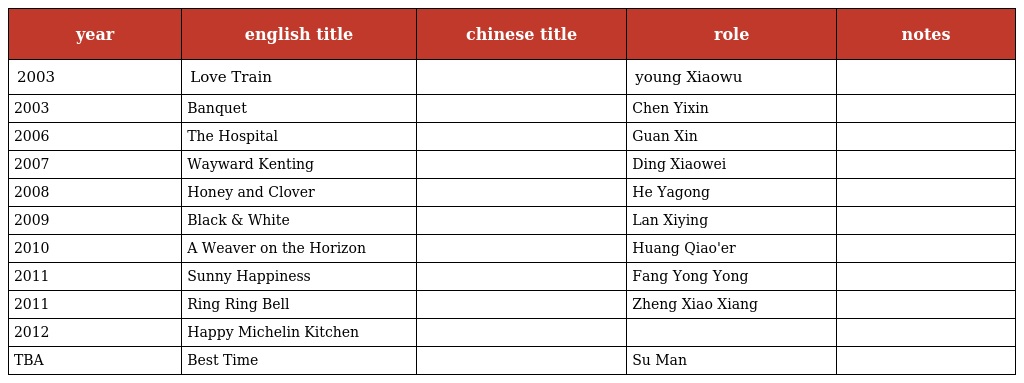
| year | english title | chinese title | role | notes |
 | --- | --- | --- | --- | --- |
 | 2003 | Love Train | 心動列車 | young Xiaowu |  |
 | 2003 | Banquet | 赴宴 | Chen Yixin |  |
 | 2006 | The Hospital | 白色巨塔 | Guan Xin |  |
 | 2007 | Wayward Kenting | 我在墾丁天氣晴 | Ding Xiaowei |  |
 | 2008 | Honey and Clover | 蜂蜜幸運草 | He Yagong |  |
 | 2009 | Black & White | 痞子英雄 | Lan Xiying |  |
 | 2010 | A Weaver on the Horizon | 天涯織女 | Huang Qiao'er |  |
 | 2011 | Sunny Happiness | 幸福最晴天 | Fang Yong Yong |  |
 | 2011 | Ring Ring Bell | 真心請按兩次鈴 | Zheng Xiao Xiang 鄭小襄 |  |
 | 2012 | Happy Michelin Kitchen |  |  |  |
 | TBA | Best Time | 最美的時光 | Su Man |  |